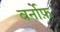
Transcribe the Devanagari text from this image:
वर्नोफ़